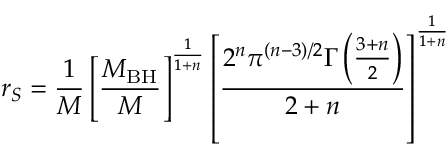
r _ { S } = { \frac { 1 } { M } } \left[ \frac { M _ { \mathrm { B H } } } { M } \right] ^ { \frac { 1 } { 1 + n } } \left[ { \frac { 2 ^ { n } \pi ^ { ( n - 3 ) / 2 } \Gamma \left( { \frac { 3 + n } { 2 } } \right) } { 2 + n } } \right] ^ { \frac { 1 } { 1 + n } }